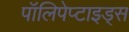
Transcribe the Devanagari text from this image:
पॉलिपेप्टाइड्स